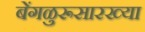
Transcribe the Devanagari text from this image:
बेंगळुरूसारख्या